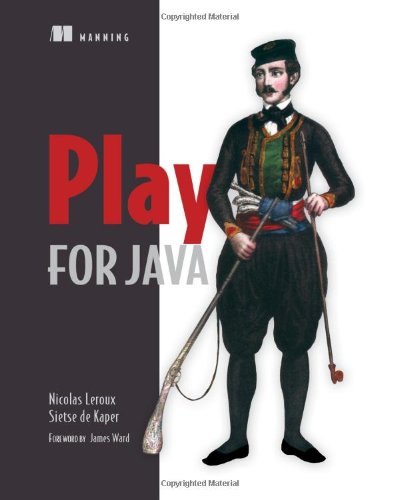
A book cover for Play for Java: Covers Play 2; Nicolas Leroux; Computers & Technology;